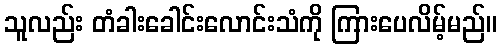
သူလည်း တံခါးခေါင်းလောင်းသံကို ကြားပေလိမ့်မည်။